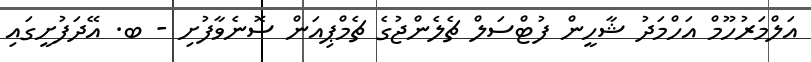
އަލްމަރުހޫމް އަހްމަދު ޝާހީން ފުޓްސަލް ޗެލެންޖުގެ ޗެމްޕިއަން ސޮނެވާފުށި - ބ. އޭދަފުށީގައި